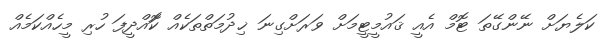
ކަލެޔަށް ނޭންގޭތަ ޓޮމް އެއީ ޤައުމީޓީމަށް ވަރަށްގިނަ ޚިދުމަތްތަކެއް ކަޮއްދީފަ ހުރި މީހެއްކަމެއް